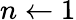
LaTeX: n\leftarrow 1